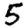
Digit: 5